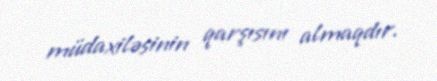
müdaxiləsinin qarşısını almaqdır.